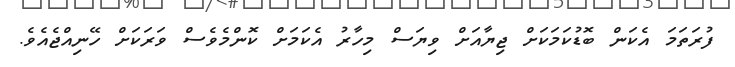
ފުރަތަމަ އެކަން ބޮޑުކަމަކަށް ޖިޔާއަށް ވިޔަސް މިހާރު އެކަމަށް ކޮންމެވެސް ވަރަކަށް ހޭނިއްޖެއެވެ.